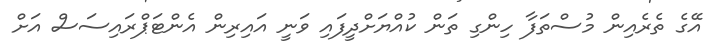
އޭގެ ތެރެއިން މުސްތަފާ ހިންގި ތަން ކުއްޔަށްދީފައި ވަނީ އައިރިން އެންޓަޕްރައިސަސް އަށް